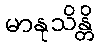
မာနုသိန္တိ